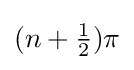
{\textstyle (n+{\frac {1}{2}})\pi }